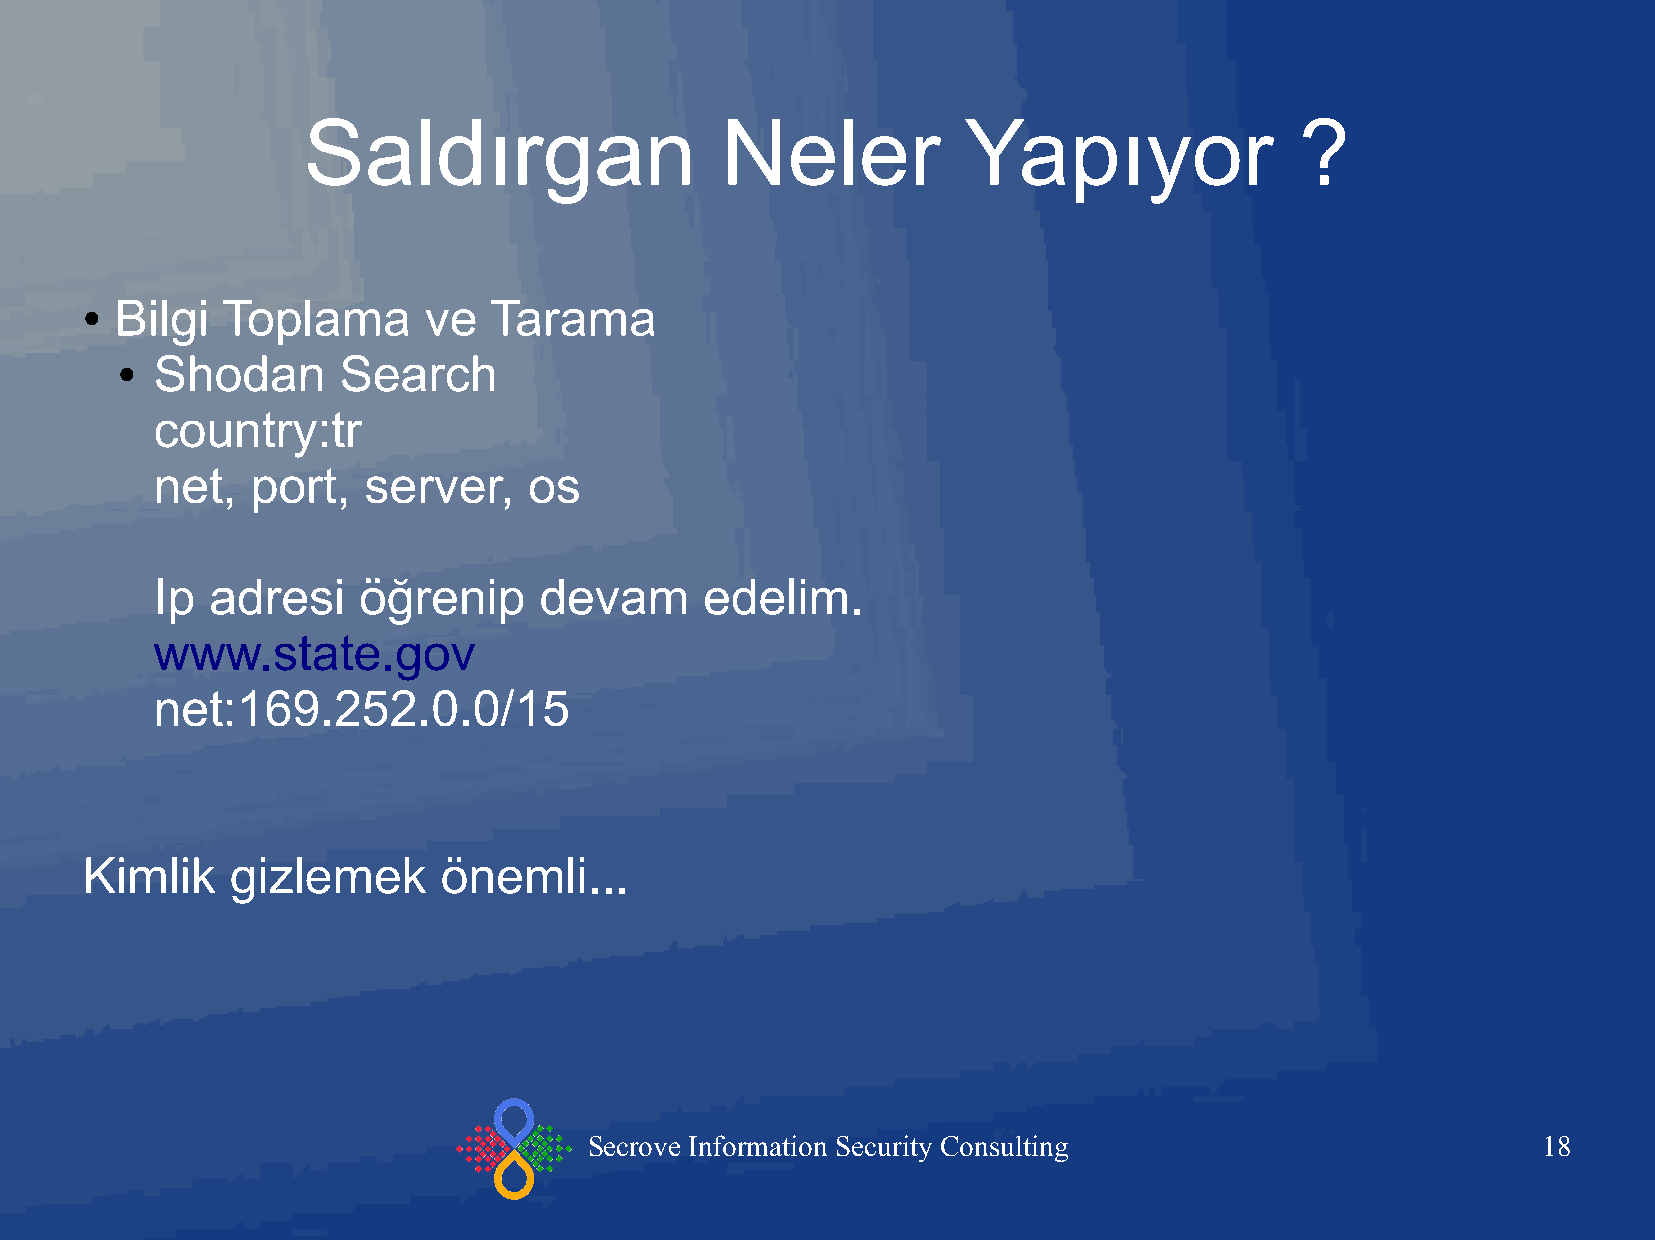
Saldırgan                   Neler           Yapıyor               ?
 Bilgi  Toplama      ve  Tarama
 ●
 Shodan      Search
 ●
 country:tr
 net,   port,  server,    os
 Ip  adresi    öğrenip     devam      edelim.
 www.state.gov
 net:169.252.0.0/15
 Kimlik    gizlemek      önemli...
 Secrove Information Security Consulting                        18